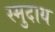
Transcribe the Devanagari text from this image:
स्मुदाय